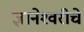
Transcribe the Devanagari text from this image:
ज्ञानेश्‍वरीचे